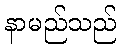
နာမည်သည်